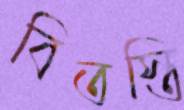
বিতস্তি